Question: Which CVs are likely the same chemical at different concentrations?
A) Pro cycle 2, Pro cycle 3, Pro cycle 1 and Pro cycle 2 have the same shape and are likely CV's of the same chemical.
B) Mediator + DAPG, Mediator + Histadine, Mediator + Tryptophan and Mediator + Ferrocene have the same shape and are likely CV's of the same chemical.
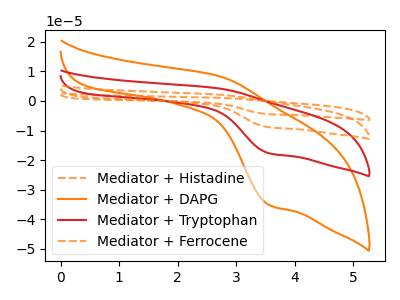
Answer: <think>The orange dashed curve "Mediator + Histadine" has an anodic peak at (2.70V, 12.75uA) and a cathodic peak at (3.60V, -53.30uA). The orange curve "Mediator + DAPG" has an anodic peak at (2.70V, 8.45uA) and a cathodic peak at (3.60V, -35.35uA). The red curve "Mediator + Tryptophan" has an anodic peak at (2.70V, 4.25uA) and a cathodic peak at (3.60V, -17.75uA). The orange dashed curve "Mediator + Ferrocene" has an anodic peak at (2.70V, 8.50uA) and a cathodic peak at (3.60V, -35.55uA).
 All the peaks in "Mediator + Histadine" have a peak in "Mediator + DAPG" at the same potential. Every peak in "Mediator + Histadine" is higher than every peak in "Mediator + DAPG". All the peaks in "Mediator + Histadine" have a peak in "Mediator + Tryptophan" at the same potential. Every peak in "Mediator + Histadine" is higher than every peak in "Mediator + Tryptophan". All the peaks in "Mediator + Histadine" have a peak in "Mediator + Ferrocene" at the same potential. Every peak in "Mediator + Histadine" is higher than every peak in "Mediator + Ferrocene". All the peaks in "Mediator + DAPG" have a peak in "Mediator + Tryptophan" at the same potential. Every peak in "Mediator + DAPG" is higher than every peak in "Mediator + Tryptophan". All the peaks in "Mediator + DAPG" have a peak in "Mediator + Ferrocene" at the same potential. Every peak in "Mediator + DAPG" is lower than every peak in "Mediator + Ferrocene". All the peaks in "Mediator + Tryptophan" have a peak in "Mediator + Ferrocene" at the same potential. Every peak in "Mediator + Tryptophan" is lower than every peak in "Mediator + Ferrocene".</think>
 <answer>B) "Mediator + DAPG", "Mediator + Histadine", "Mediator + Tryptophan" and "Mediator + Ferrocene" have the same shape and are likely CV's of the same chemical.</answer>
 <eval>B</eval>